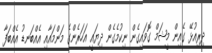
ދިރިއުޅޭ ގެއިން މީޝަމް ގޮވައިގެން ނިކުމެގެން ދިޔައީ އަހަރެންގެ މަންމައާއި އެއްބަނޑު އެއްބަފާ